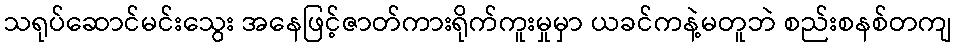
သရုပ်ဆောင်မင်းသွေး အနေဖြင့်ဇာတ်ကားရိုက်ကူးမှုမှာ ယခင်ကနဲ့မတူဘဲ စည်းစနစ်တကျ